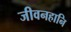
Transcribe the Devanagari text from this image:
जीवनहानि